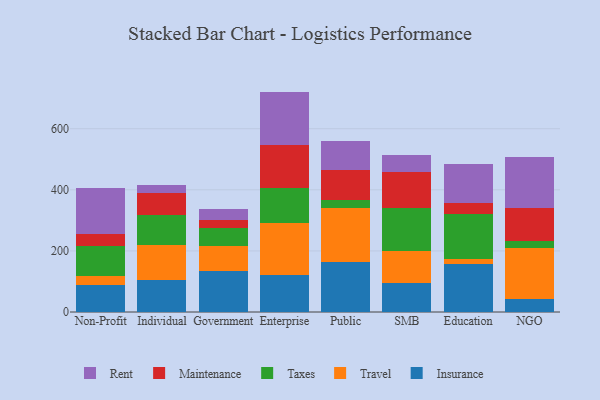
{"axis": {"x": "Segment", "y": "Population (Million)"}, "legend": ["Insurance", "Maintenance", "Rent", "Taxes", "Travel"], "data": [{"x": "Non-Profit", "y": 87.8, "type": "Insurance"}, {"x": "Non-Profit", "y": 28.7, "type": "Travel"}, {"x": "Non-Profit", "y": 100.7, "type": "Taxes"}, {"x": "Non-Profit", "y": 38.6, "type": "Maintenance"}, {"x": "Non-Profit", "y": 151.7, "type": "Rent"}, {"x": "Individual", "y": 104.6, "type": "Insurance"}, {"x": "Individual", "y": 115.1, "type": "Travel"}, {"x": "Individual", "y": 97.2, "type": "Taxes"}, {"x": "Individual", "y": 73.7, "type": "Maintenance"}, {"x": "Individual", "y": 24.8, "type": "Rent"}, {"x": "Government", "y": 134.1, "type": "Insurance"}, {"x": "Government", "y": 81.5, "type": "Travel"}, {"x": "Government", "y": 57.8, "type": "Taxes"}, {"x": "Government", "y": 29.3, "type": "Maintenance"}, {"x": "Government", "y": 34.8, "type": "Rent"}, {"x": "Enterprise", "y": 120.6, "type": "Insurance"}, {"x": "Enterprise", "y": 169.7, "type": "Travel"}, {"x": "Enterprise", "y": 114.3, "type": "Taxes"}, {"x": "Enterprise", "y": 142.3, "type": "Maintenance"}, {"x": "Enterprise", "y": 174.6, "type": "Rent"}, {"x": "Public", "y": 163.3, "type": "Insurance"}, {"x": "Public", "y": 177.6, "type": "Travel"}, {"x": "Public", "y": 25.1, "type": "Taxes"}, {"x": "Public", "y": 99.4, "type": "Maintenance"}, {"x": "Public", "y": 96.0, "type": "Rent"}, {"x": "SMB", "y": 93.6, "type": "Insurance"}, {"x": "SMB", "y": 105.7, "type": "Travel"}, {"x": "SMB", "y": 140.6, "type": "Taxes"}, {"x": "SMB", "y": 116.9, "type": "Maintenance"}, {"x": "SMB", "y": 55.8, "type": "Rent"}, {"x": "Education", "y": 157.2, "type": "Insurance"}, {"x": "Education", "y": 15.1, "type": "Travel"}, {"x": "Education", "y": 146.9, "type": "Taxes"}, {"x": "Education", "y": 36.2, "type": "Maintenance"}, {"x": "Education", "y": 127.8, "type": "Rent"}, {"x": "NGO", "y": 43.0, "type": "Insurance"}, {"x": "NGO", "y": 166.4, "type": "Travel"}, {"x": "NGO", "y": 22.1, "type": "Taxes"}, {"x": "NGO", "y": 109.8, "type": "Maintenance"}, {"x": "NGO", "y": 165.2, "type": "Rent"}]}